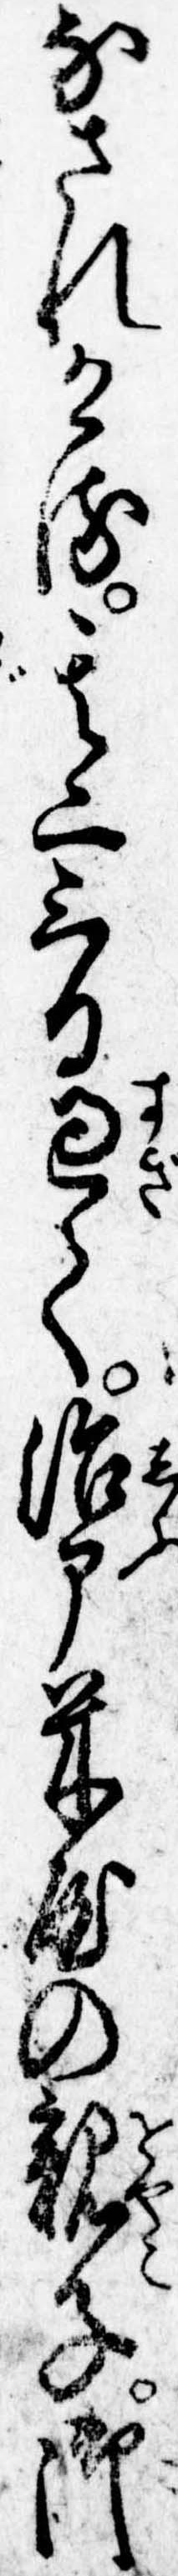
なされける其二三日過て治部米屋の親子御